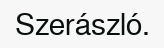
Szerászló.